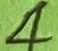
Text: 4